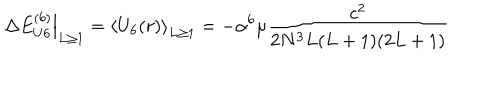
\left. \Delta E _ { U 6 } ^ { ( 6 ) } \right| _ { L \ge 1 } = \left\langle U _ { 6 } ( r ) \right\rangle _ { L \ge 1 } = - \alpha ^ { 6 } \mu \frac { c ^ { 2 } } { 2 N ^ { 3 } L ( L + 1 ) ( 2 L + 1 ) }